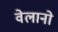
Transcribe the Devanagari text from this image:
वेलानो